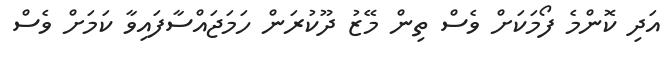
އަދި ކޮންމެ ފޯމަކަށް ވެސް ތިން މޭޒު ދޫކުރަން ހަމަޖައްސާފައިވާ ކަމަށް ވެސް